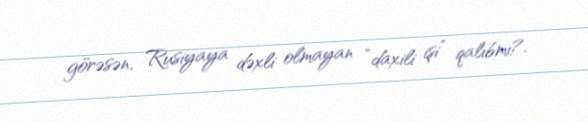
görəsən, Rusiyaya dəxli olmayan “daxili işi” qalıbmı?.